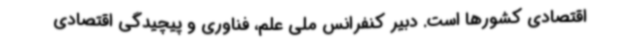
اقتصادی کشورها است. دبیر کنفرانس ملی علم، فناوری و پیچیدگی اقتصادی